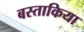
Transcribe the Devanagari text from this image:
बस्ताकिया